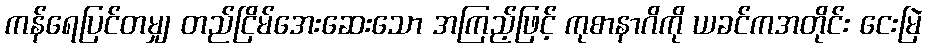
ကန်ရေပြင်တမျှ တည်ငြိမ်အေးဆေးသော အကြည့်ဖြင့် ကုစာနာဂိကို ယခင်ကအတိုင်း ငေးမြဲ